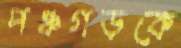
পঞ্চগড়কে